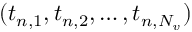
( t _ { n , 1 } , t _ { n , 2 } , \ldots , t _ { n , N _ { v } } )